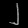
Digit: ၂